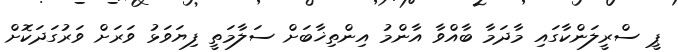
ޕީ ސްރީލަންކާގައި މާދަމާ ބާއްވާ އާންމު އިންތިޚާބަށް ސަލާމަތީ ފިޔަވަޅު ވަރަށް ވަރުގަދަކޮށް